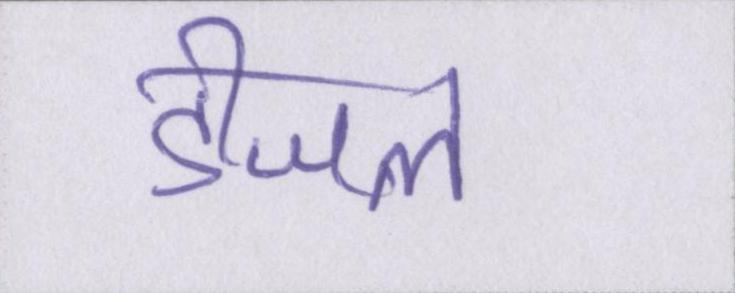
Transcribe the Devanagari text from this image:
डीजल